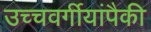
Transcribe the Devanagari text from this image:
उच्चवर्गीयांपैकी